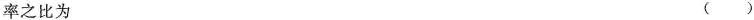
率之比为 ()